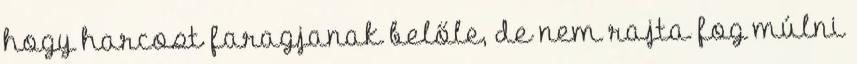
hogy harcost faragjanak belőle, de nem rajta fog múlni